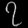
Digit: ၇